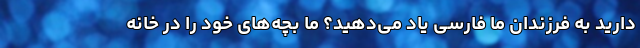
دارید به فرزندان ما فارسی یاد می‌دهید؟ ما بچه‌های خود را در خانه